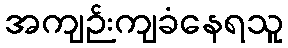
အကျဉ်းကျခံနေရသူ